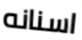
اسنانه